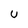
Character: u